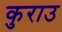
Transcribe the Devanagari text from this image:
कुराउ